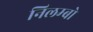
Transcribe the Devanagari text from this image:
निलम्‍बो